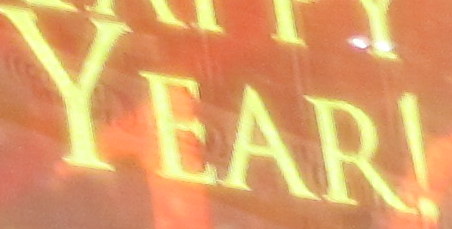
YEAR!